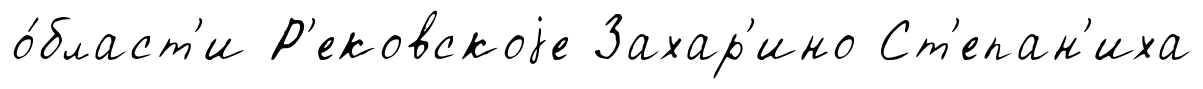
о́бласт'и Р'ековскоjе Захар'ино Ст'епан'иха